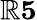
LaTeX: \mathbb{R}\le5